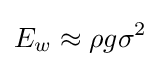
E_{w}\approx \rho g\sigma ^{2}